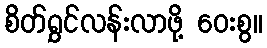
စိတ်ရွှင်လန်းလာဖို့ ဝေးစွ။